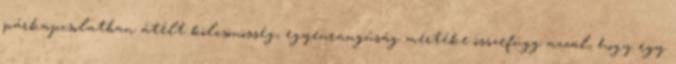
párkapcsolatban átélt kölcsönösség, egyenrangúság mértéke összefügg azzal, hogy egy